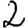
Digit: 2